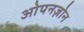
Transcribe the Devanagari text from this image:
ओपनज़ोन